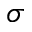
\sigma